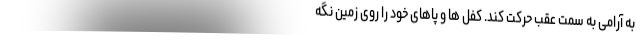
به آرامی به سمت عقب حرکت کند. کفل ها و پاهای خود را روی زمین نگه